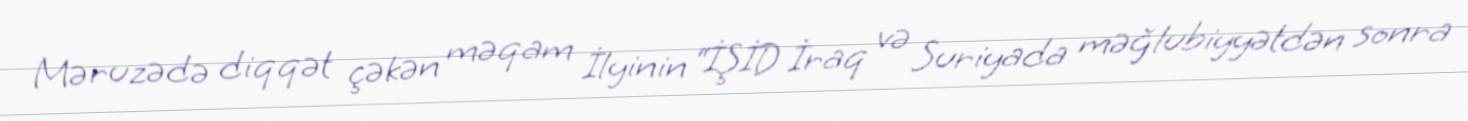
Məruzədə diqqət çəkən məqam İlyinin “İŞİD İraq və Suriyada məğlubiyyətdən sonra